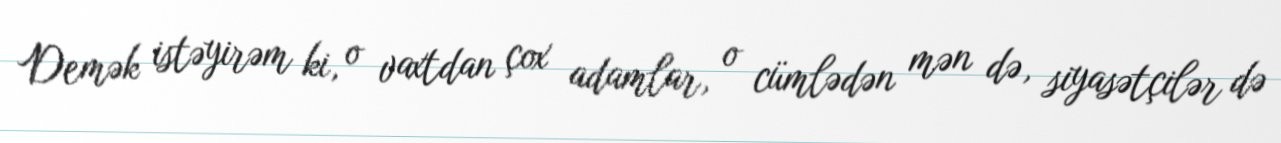
Demək istəyirəm ki, o vaxtdan çox adamlar, o cümlədən mən də, siyasətçilər də